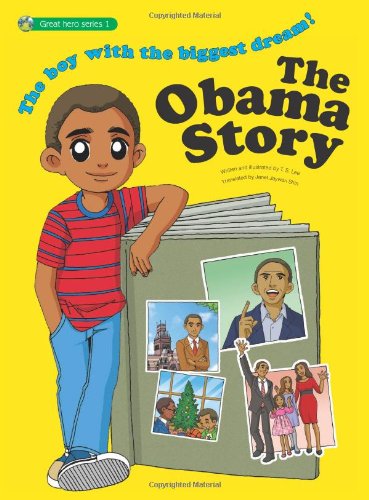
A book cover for The Obama Story: The Boy With the Biggest Dream! (Great Heroes); T.S. Lee; Children's Books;